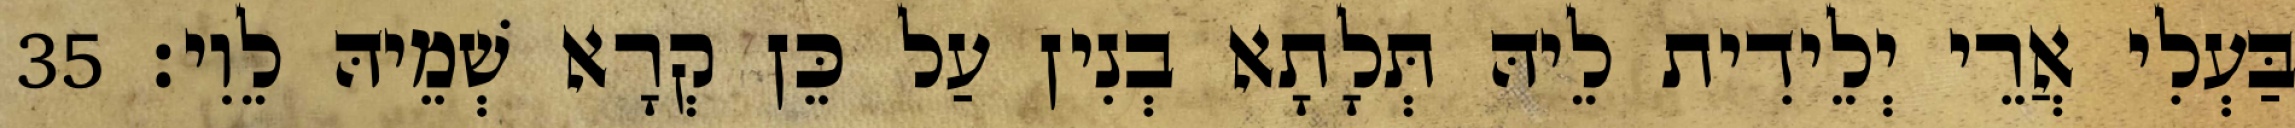
בַּעְלִי אֲרֵי יְלֵידִית לֵיהּ תְּלָתָא בְנִין עַל כֵּן קְרָא שְׁמֵיהּ לֵוִי׃ 35